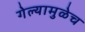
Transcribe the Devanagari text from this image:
गेल्यामुळेच